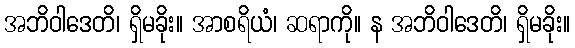
အဘိဝါဒေတိ၊ ရှိမခိုး။ အာစရိယံ၊ ဆရာကို။ န အဘိဝါဒေတိ၊ ရှိမခိုး။